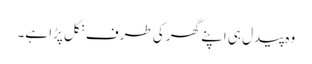
وہ پیدل ہی اپنے گھر کی طرف نکل پڑا ہے۔